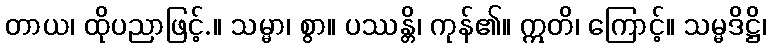
တာယ၊ ထိုပညာဖြင့်.။ သမ္မာ၊ စွာ။ ပဿန္တိ၊ ကုန်၏။ ဣတိ၊ ကြောင့်။ သမ္မဒိဋ္ဌိ၊